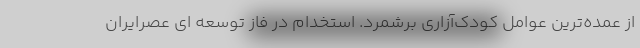
از عمده‌ترین عوامل کودک‌آزاری برشمرد. استخدام در فاز توسعه ای عصرایران